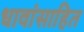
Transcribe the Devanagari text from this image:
धावांसाहित